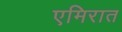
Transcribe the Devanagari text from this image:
एमिरात